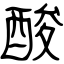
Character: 酸